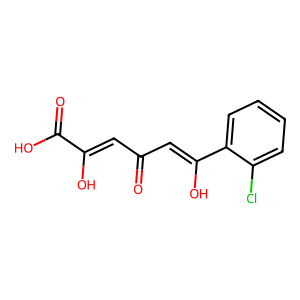
SMILES: O=C(C=C(O)C(=O)O)C=C(O)c1ccccc1Cl
Inhibits HIV replication: Yes